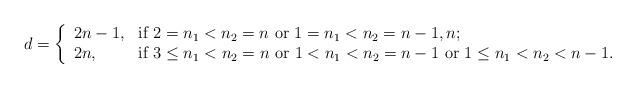
LaTeX: \begin{align*}d=\left\{ \begin{array}{ll} 2n-1, & \hbox{if $2=n_1<n_2=n$ or $1=n_1<n_2=n-1,n$;}\\ 2n, & \hbox{if $3\leq n_1<n_2=n$ or $1<n_1<n_2=n-1$ or $1\leq n_1<n_2<n-1$.} \end{array} \right.\end{align*}